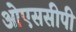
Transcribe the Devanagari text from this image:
ओएससीपी